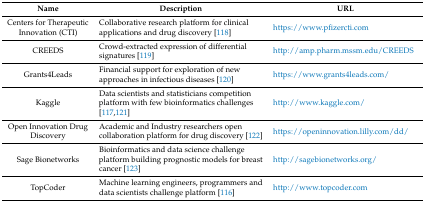
<table><thead><tr><td><b>Name</b></td><td><b>Description</b></td><td><b>URL</b></td></tr></thead><tbody><tr><td>Centers for Therapeutic Innovation (CTI)</td><td>Collaborative research platform for clinical applications and drug discovery [118]</td><td>https://www.pfizercti.com</td></tr><tr><td>CREEDS</td><td>Crowd-extracted expression of differential signatures [119]</td><td>http://amp.pharm.mssm.edu/CREEDS</td></tr><tr><td>Grants4Leads</td><td>Financial support for exploration of new approaches in infectious diseases [120]</td><td>https://www.grants4leads.com/</td></tr><tr><td>Kaggle</td><td>Data scientists and statisticians competition platform with few bioinformatics challenges [117,121]</td><td>http://www.kaggle.com/</td></tr><tr><td>Open Innovation Drug Discovery</td><td>Academic and Industry researchers open collaboration platform for drug discovery [122]</td><td>https://openinnovation.lilly.com/dd/</td></tr><tr><td>Sage Bionetworks</td><td>Bioinformatics and data science challenge platform building prognostic models for breast cancer [123]</td><td>http://sagebionetworks.org/</td></tr><tr><td>TopCoder</td><td>Machine learning engineers, programmers and data scientists challenge platform [116]</td><td>http://www.topcoder.com</td></tr></tbody></table>